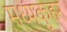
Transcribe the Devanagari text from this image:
मध्यकुहर